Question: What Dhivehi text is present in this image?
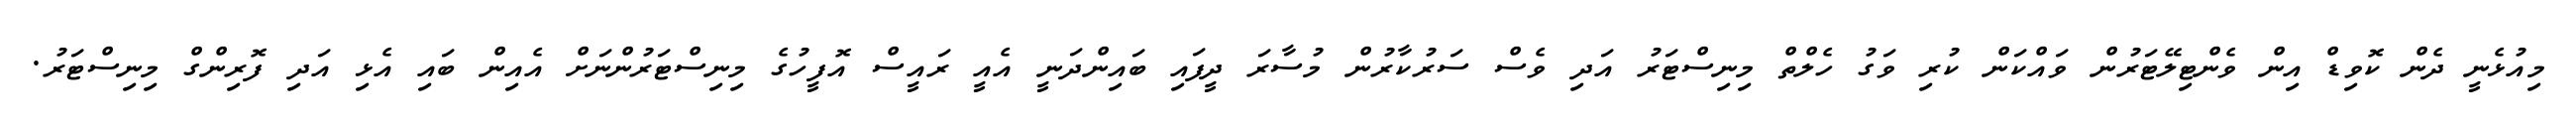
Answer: މިއުޅެނީ ދެން ކޮވިޑް އިން ވެންޓިލޭޓަރުން ވައްކަން ކުރި ވަގު ހެލްތް މިނިސްޓަރު އަދި ވެސް ސަރުކާރުން މުސާރަ ދީފައި ބައިންދަނީ އެއީ ރައީސް އޮފީހުގެ މިނިސްޓަރުންނަށް އެއިން ބައި އެޅި އަދި ފޮރިންގް މިނިސްޓަރު.